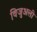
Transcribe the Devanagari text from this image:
विजुअली